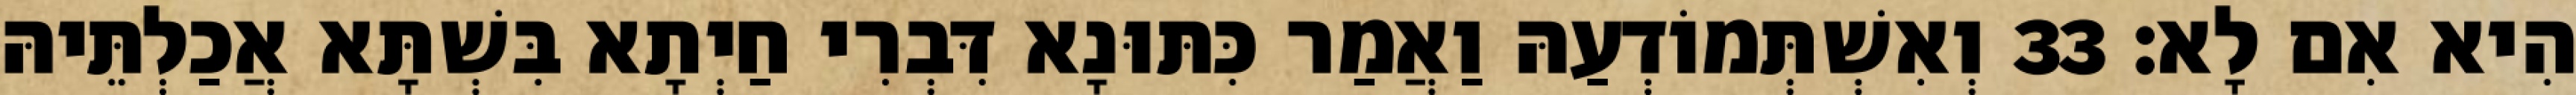
הִיא אִם לָא׃ 33 וְאִשְׁתְּמוֹדְעַהּ וַאֲמַר כִּתּוּנָא דִּבְרִי חַיְתָא בִּשְׁתָּא אֲכַלְתֵּיהּ